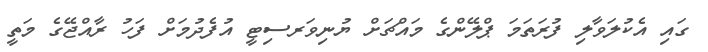
ގައި އެކުލަވާލި ފުރަތަމަ ޕްލޭންގެ މައްޗަށް ޔުނިވަރސިޓީ އުފެދުމަށް ފަހު ރާއްޖޭގެ މަތީ